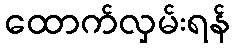
ထောက်လှမ်းရန်